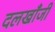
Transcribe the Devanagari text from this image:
दलखाँजी